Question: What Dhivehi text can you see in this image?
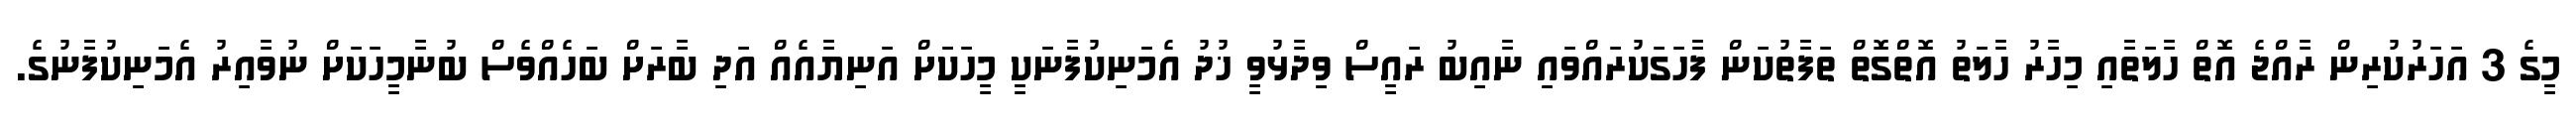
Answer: މީގެ 3 އަހަރުކުރިން ރާއްޖެ އޮތް ހާލަތާއި މިހާރު ހާލަތު އޮތްގޮތް ތަފާތުކަން ފާހަގަކުރައްވައި ނާއިބު ރައީސް ވިދާޅުވީ ޚުދު އެމަނިކުފާނަކީ މީހަކަށް އަނިޔާއެއް އަދި ބާރަށް ބަހެއްވެސް ބުނާމީހަކަށް ނުވާއިރު އެމަނިކުފާނުގެ.